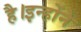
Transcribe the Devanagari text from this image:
है।इन्होंने